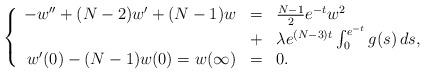
LaTeX: \begin{align*}\left\{ \begin{array}{rcl}-w'' + (N-2)w' + (N-1)w &=& \frac{N-1}{2} e^{-t} w^2 \\&+& \lambda e^{(N-3)t} \int_0^{e^{-t}} g(s) \, ds, \\w'(0)-(N-1)w(0)=w(\infty) &=& 0.\end{array}\right.\end{align*}